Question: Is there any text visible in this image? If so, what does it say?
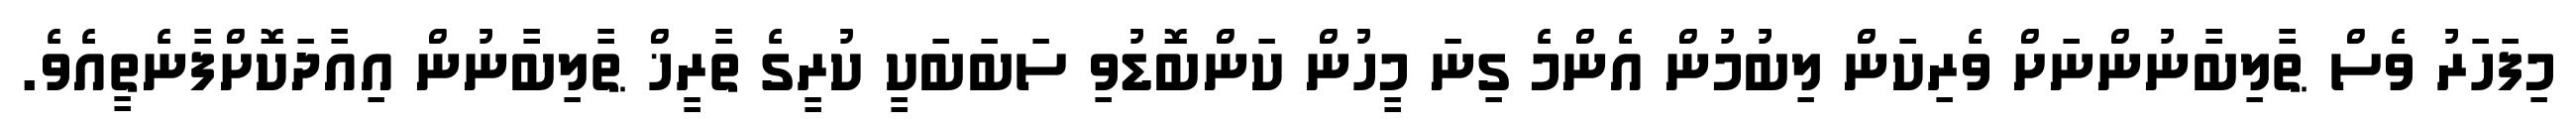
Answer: މިފަހަރު ވެސް ޠާލިބާނުންނަށް ވެރިކަން ލިބުމުން އެންމެ ގިނަ މީހުން ކަންބޮޑުވި ސަބަބަކީ ކުރީގެ ތާރީޚް ޠާލިބާނުން އިއާދަކޮށްފާނެތީއެވެ.